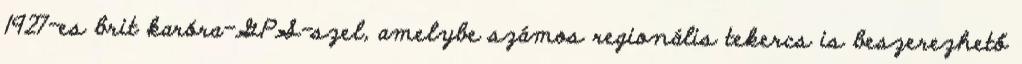
1927-es brit karóra-GPS-szel, amelybe számos regionális tekercs is beszerezhető